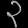
Digit: ၃